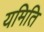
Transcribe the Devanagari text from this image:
यमिति